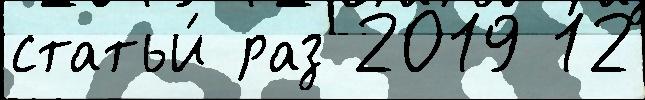
статьи́ раз 2019 12